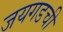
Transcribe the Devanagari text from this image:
जयगडची